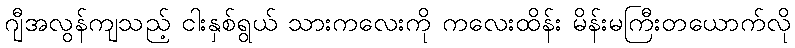
ဂျီအလွန်ကျသည့် ငါးနှစ်ရွယ် သားကလေးကို ကလေးထိန်း မိန်းမကြီးတယောက်လို